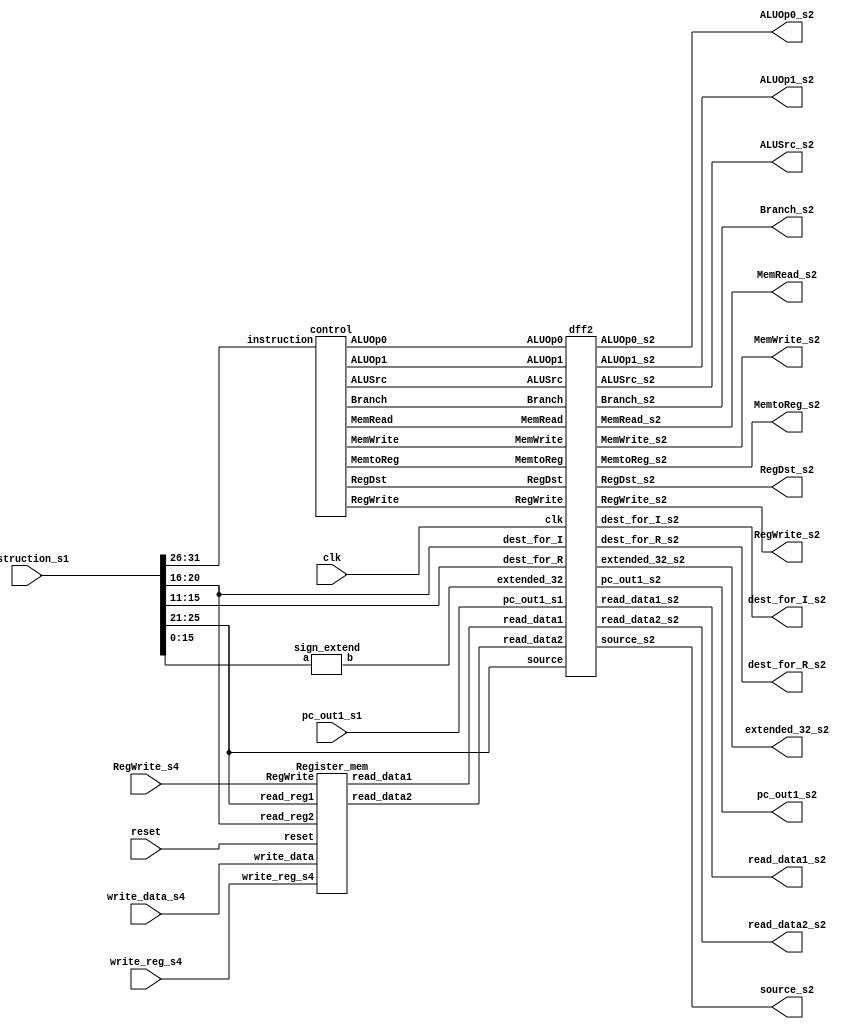

module Instruction_decode(input clk,input reset,input [31:0]instruction_s1, input [31:0]write_data_s4,input [4:0] write_reg_s4,
        input  RegWrite_s4,output RegDst_s2,output ALUSrc_s2,output  MemtoReg_s2,output RegWrite_s2,output MemRead_s2,
        output  MemWrite_s2,output  Branch_s2,output ALUOp1_s2,output ALUOp0_s2,input [31:0]pc_out1_s1,
        output [31:0]pc_out1_s2,output [31:0]extended_32_s2,output [4:0]dest_for_I_s2,output [4:0]dest_for_R_s2,
        output [31:0]read_data1_s2,output [31:0]read_data2_s2,output [4:0]source_s2 );
 wire RegDst,ALUSrc,MemtoReg,RegWrite,MemRead,MemWrite,Branch,ALUOp1,ALUOp0;
 wire [31:0]extended_32,read_data1,read_data2;
 wire [4:0]rs_s2,rt_s2;

control ctrl(instruction_s1[31:26],RegDst,ALUSrc,MemtoReg,RegWrite,MemRead,MemWrite,Branch,ALUOp1,ALUOp0);
Register_mem rm(reset,instruction_s1[25:21],instruction_s1[20:16],write_reg_s4,write_data_s4,read_data1,read_data2,RegWrite_s4);
sign_extend snext(instruction_s1[15:0],extended_32);
dff2 d2(clk,RegDst,ALUSrc,MemtoReg,RegWrite,MemRead,MemWrite,Branch,ALUOp1,ALUOp0,
         RegDst_s2,ALUSrc_s2,MemtoReg_s2,RegWrite_s2,MemRead_s2,MemWrite_s2,Branch_s2,ALUOp1_s2,ALUOp0_s2,pc_out1_s1,pc_out1_s2,extended_32,extended_32_s2,
        instruction_s1[25:21],instruction_s1[20:16],instruction_s1[15:11],dest_for_I_s2,dest_for_R_s2,read_data1,read_data2,read_data1_s2,read_data2_s2,source_s2);                         
endmodule

module control (input [31:26]instruction,output reg RegDst,output reg  ALUSrc,output reg MemtoReg,output reg RegWrite, 
                output reg MemRead,output reg MemWrite,output reg Branch,output reg ALUOp1,output reg ALUOp0);

always @(instruction) begin 
case(instruction[31:26])

6'b000000: begin // R
		RegDst  =1;
		ALUSrc = 0;
		MemtoReg = 0;
		RegWrite = 1;
		MemRead  = 0;
		MemWrite = 0;
		Branch = 0;
		ALUOp1 = 1;
		ALUOp0 = 0;
	end
6'b100011: begin // I
		RegDst  =0;
		ALUSrc = 1;
		MemtoReg = 0;
		RegWrite = 1;
		MemRead  = 0;
		MemWrite = 0;
		Branch = 0;
		ALUOp1 = 0;
		ALUOp0 = 0;
	end
6'b101011: begin //load
		RegDst  =0;
		ALUSrc = 1;
		MemtoReg = 1;
		RegWrite = 1;
		MemRead  = 1;
		MemWrite = 0;
		Branch = 0;
		ALUOp1 = 0;
		ALUOp0 = 0;
	end
6'b000100: begin //store
		RegDst  =0;// wont matter x
		ALUSrc = 1;
		MemtoReg = 0;// wont matter x
		RegWrite = 0;
		MemRead  = 0;
		MemWrite = 1;
		Branch = 0;
		ALUOp1 = 0;
		ALUOp0 = 0;
	end
6'b000101: begin //jump or branch
		RegDst  =0;// wont matter x
		ALUSrc = 0;// wont matter x
		MemtoReg = 0;// wont matter x
		RegWrite = 0;
		MemRead  = 0;
		MemWrite = 0;
		Branch = 1;//0
		ALUOp1 = 0;
		ALUOp0 = 1;
          //jmp=1
	end
default: begin // R
		RegDst  =1;
		ALUSrc = 0;
		MemtoReg = 0;
		RegWrite = 0;
		MemRead  = 0;
		MemWrite = 0;
		Branch = 0;
		ALUOp1 = 1;
		ALUOp0 = 0;
	end
endcase
end

endmodule

module Register_mem (input reset,input [4:0]read_reg1,input [4:0]read_reg2,input [4:0]write_reg_s4,
                     input [31:0]write_data,output reg [31:0]read_data1,output reg [31:0]read_data2,input RegWrite);

reg [31:0]reg_mem[31:0];
reg [31:0]i;
always @(*) begin 
     if(reset)begin 
     for (i = 0; i < 32; i=i+1) 
        reg_mem[i] = i;
     end
     read_data1 = reg_mem[read_reg1];
     read_data2 = reg_mem[read_reg2]; 
     if(RegWrite) begin
             reg_mem[write_reg_s4 ] = write_data;
     end
end

endmodule

module sign_extend(input [15:0]a,output [31:0]b);

assign b = {{16{a[15]}},a};

endmodule

module dff2(input clk,
         input RegDst,input ALUSrc,input MemtoReg,input RegWrite,input MemRead,input MemWrite,input Branch,
	input ALUOp1,input ALUOp0,output reg RegDst_s2,output reg  ALUSrc_s2,output reg  MemtoReg_s2,
        output reg  RegWrite_s2,output reg  MemRead_s2,output reg  MemWrite_s2,output reg  Branch_s2,output  reg ALUOp1_s2,
        output reg  ALUOp0_s2,input  [31:0]pc_out1_s1,output reg [31:0]pc_out1_s2,input [31:0] extended_32,output reg  [31:0] extended_32_s2,
        input [4:0] source,input [4:0]dest_for_I,input [4:0]dest_for_R,output reg [4:0]dest_for_I_s2,output reg [4:0]dest_for_R_s2,
        input [31:0] read_data1,input [31:0] read_data2,output reg [31:0] read_data1_s2,output reg [31:0] read_data2_s2,output reg [4:0]source_s2);

always @(posedge clk) begin 
     RegDst_s2<=RegDst;
     ALUSrc_s2<=ALUSrc;
     MemtoReg_s2<=MemtoReg;
     RegWrite_s2<=RegWrite;
     MemRead_s2<=MemRead;
     MemWrite_s2<=MemWrite;
     Branch_s2<=Branch;
     ALUOp1_s2<=ALUOp1;
     ALUOp0_s2<=ALUOp0;
     extended_32_s2<=extended_32;
     dest_for_I_s2 <=dest_for_I;
     dest_for_R_s2<=dest_for_R;
     read_data1_s2<=read_data1;
     read_data2_s2<=read_data2;
     pc_out1_s2<=pc_out1_s1;
     source_s2<=source;
end

endmodule